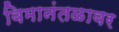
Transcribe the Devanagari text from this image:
विमानंतळावर